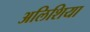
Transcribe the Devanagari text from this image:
अलिशिया